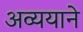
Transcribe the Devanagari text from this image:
अव्ययाने